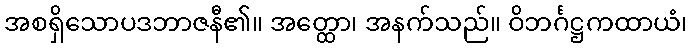
အစရှိသောပဒဘာဇနီ၏။ အတ္ထော၊ အနက်သည်။ ဝိဘင်္ဂဋ္ဌကထာယံ၊